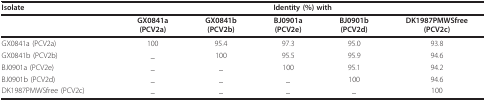
| Isolate | <COLSPAN=5> Identity (%) with |
 | --- | --- | --- | --- | --- | --- |
 |  | GX0841a(PCV2a) | GX0841b(PCV2b) | BJ0901a(PCV2e) | BJ0901b(PCV2d) | DK1987PMWSfree(PCV2c) |
 | GX0841a (PCV2a) | 100 | 95.4 | 97.3 | 95.0 | 93.8 |
 | GX0841b (PCV2b) | _ | 100 | 95.5 | 95.9 | 94.6 |
 | BJ0901a (PCV2e) | _ | _ | 100 | 95.1 | 94.2 |
 | BJ0901b (PCV2d) | _ | _ | _ | 100 | 94.6 |
 | DK1987PMWSfree (PCV2c) | _ | _ | _ | _ | 100 |